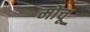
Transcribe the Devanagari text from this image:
मोचू